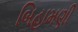
બિહામણી